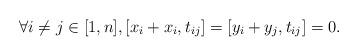
LaTeX: \begin{align*}\forall i\neq j\in[1,n],[x_i+x_i,t_{ij}]=[y_i+y_j,t_{ij}]=0. \end{align*}